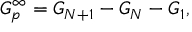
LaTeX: G _ { p } ^ { \infty } = G _ { N + 1 } - G _ { N } - G _ { 1 } ,